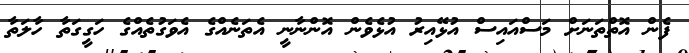
ފެން އޮތްތަނަށް މަސްއައިސް އުޅޭއިރު އުޅެވެން އޮންނާނީ އެތަނެއްގެ އެވަގުތެއްގެ ހަގީގަތާ ހާލަތާ